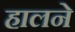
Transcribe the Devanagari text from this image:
हालने